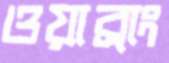
ওয়াব্রাং